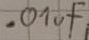
Text: .01uf